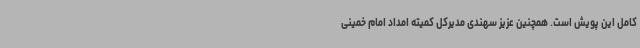
کامل این پویش است. همچنین عزیز سهندی مدیرکل کمیته امداد امام خمینی